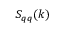
S _ { q q } ( k )